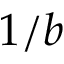
1 / b